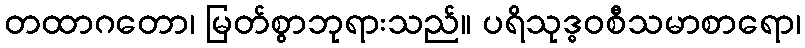
တထာဂတော၊ မြတ်စွာဘုရားသည်။ ပရိသုဒ္ဓဝစီသမာစာရော၊